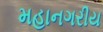
મહાનગરીય